Report on vaccination in the Province of Bengal - 1869-1873
Year: 1869
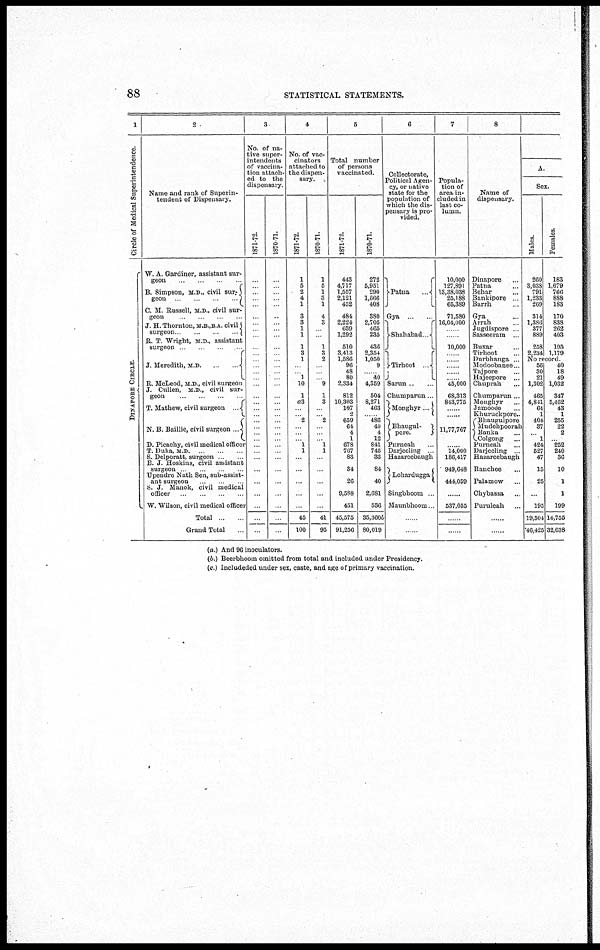
88
STATISTICAL STATEMENTS.
1
Circle of Medical Superintendence.
DINAP ORE CI RCLE.
2
Name and rank of Superin-
tendent of Dispensary.
W A. Gardiner, assistant sur-
geon ... ... ... ...
B. Simpson, M D., civil sur-
geon
...
...
...
...
C. M. Russell, M.D., civil sur-
geon ... ... ... ...
J. H. Thornton M.B.,B.A. civil
surgeon
...
...
...
...
R. T Wright, M.D., assistant
surgeon ... ... ... ...
J. Meredith, M.D.
...
...
R. McLeod, M.D, civil surgeon
J. Cullen, M.D., civil sur-
geon ... ... ... ...
T. Mathew, civil surgeon
...
N B. Baillie, civil surgeon ...
D. Picachy, civil medical officer
T. Duka, M D
S.Delporatt surgeon ... ...
E.J.
Hoskins,assistant
surgeon ... ... ... ...
Upendro Nath Sen, sub-assist-
ant surgeon ... ... ...
S. J. Manok, civil medical
officer ... ... ... ...
W. Wilson, civil medical officer
Total ... ...
Grand Total ...
3
No. of na-
tive super-
intendents
of vaccina-
tion attach-
ed to the
dispensary.
1871-72.
...
...
...
...
... ...
...
...
...
...
...
...
...
...
...
...
...
...
...
...
...
...
... ...
...
...
...
...
...
...
...
...
...
1870-71.
...
...
...
...
... ...
...
...
...
...
...
...
...
...
...
...
...
...
...
...
...
...
... ...
...
...
...
...
...
...
...
...
...
4
No. of vac-
cinators
attached to
the dispen-
sary.
1871-72.
1
5
2
4
1
3
3
1
1
1
3
1
...
... 1
10
1
a3
...
... 2
...
... ... 1
1
...
...
...
...
...
45
100
1870-71.
1
5
1
3
1
4
3
...
...
1
3
2
...
...
... 9
1
3
...
... 2
...
... ... 1
1
...
...
...
...
...
41
95
5
Total number
of persons
vaccinated.
1871-72.
443
4,717
1,557
2,121
452
484
2,224
639
1,292
510
3,413
1,586
96
48
80
2,334
812
10,303
107
2
659
64
4
1
678
767
83
34
26
9,588
451
45,575
91,256
1870-71.
272
5,951
290
1,666
408
380
2,705
465
235
436
2,354
1,050
9
.
40
4,359
504
8,271
463
...... 486
40
4
12
841
745
33
84
40
2,681
536
35,360b
80,019
6
Collectorate,
Political Agen-
cy, or native
state for the
population of
which the dis-
pensary is pro-
vided.
Patna
Gya ... ...
Shahabad ...
Tirhoot
...
Sarun ... ...
Chumparun ...
Monghyr ...
Bhaugul-
pore.
Purneah ...
Darjeeling ...
Hazareebaugh
Lohardugga
Singbhoom ...
Maunbhoom ...
......
......
7
Popula-
tion of
area in-
cluded in
last co-
lumn.
10,000
127,891
13,38,038
25,188
65,389
71,580
16,04,000
......
......
10,000
......
......
......
......
...... 45,000
68,313
843,775
......
......
......
11,77,767
...... 14,000
186,417
949,648
444,059
......
537,055
......
......
8
Name of
dispensary.
Dinapore...
Patna...
Behar...
Bankipore ...
Barrh...
Gya...
Arrah...
Jugdispore ...
Sasseeram ...
Buxar...
Tirhoot ...
Durbhanga ...
Modoobanee ...
Tajpore ...
Hajeepore ...
Chuprah...
Chumparun ..
Moughyr...
Jamooee...
Khuruckpore...
Bhaugulpore
Mudehpoorah
Banka...
Colgong...
Purneah...
Darjeeling ...
Hazareebaugh
Ranchee...
Palamow...
Chybassa...
Puruleah...
......
...
A
Sex.
Males.
260
3,038
791
1,233
269
314
1,386
377
889
258
2,234
Females.
183
1,679
766
888
183
170
838
262
403
195
1,179
No record.
56
30
21
1,302
465
4,841
64
1
404
37
... 1
424
527
47
15
25
...
195
19,504
46,425
40
18
49
1,032
347
5,462
43
1
255
22
2
... 252
240
36
10
1
1
199
14,755
32,638
(a.) And 96 inoculators.
(b ) Beerbhoom omitted from total and included under Presidency.
(c) Includeded under sex, caste, and age of primary vaccination.